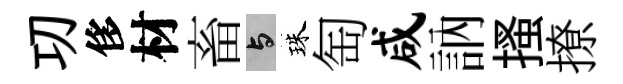
㓛侈材畜与珠匋咸訥搔撩